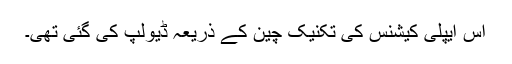
اس ایپلی کیشنس کی تکنیک چین کے ذریعہ ڈیولپ کی گئی تھی۔